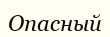
Опасный